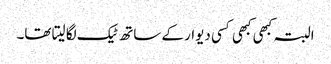
البتہ کبھی کبھی کسی دیوار کے ساتھ ٹیک لگا لیتا تھا۔